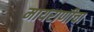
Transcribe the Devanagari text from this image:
मायराणीचा